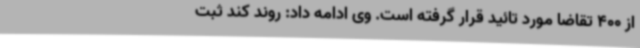
از 400 تقاضا مورد تائید قرار گرفته است. وی ادامه داد: روند کند ثبت